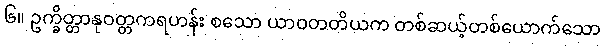
၆။ ဥက္ခိတ္တာနုဝတ္တကရဟန်း စသော ယာဝတတိယက တစ်ဆယ့်တစ်ယောက်သော